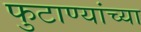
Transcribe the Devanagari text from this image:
फुटाण्यांच्या